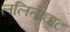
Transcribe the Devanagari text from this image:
ललिताघाट